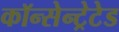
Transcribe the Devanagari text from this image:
कॉन्सेन्ट्रेटेड